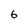
Character: 6